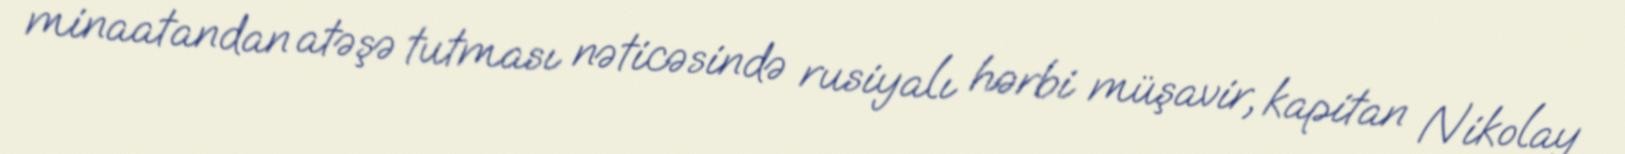
minaatandan atəşə tutması nəticəsində rusiyalı hərbi müşavir, kapitan Nikolay